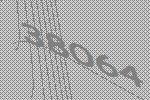
38064